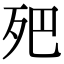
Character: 𣧜